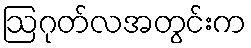
ဩဂုတ်လအတွင်းက